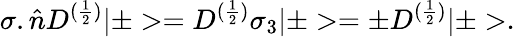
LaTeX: {\sigma}.\hat{n}D^{(\frac{1}{2})}|\pm>=D^{(\frac{1}{2})}{\sigma}_{3}|\pm>={\pm}D^{(\frac{1}{2})}|\pm>.